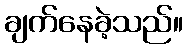
ချက်နေခဲ့သည်။